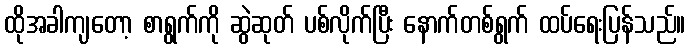
ထိုအခါကျတော့ စာရွက်ကို ဆွဲဆုတ် ပစ်လိုက်ပြီး နောက်တစ်ရွက် ထပ်ရေးပြန်သည်။